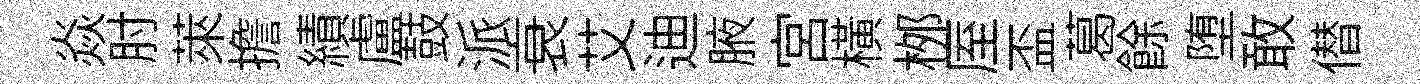
焱肘萊擔績盧鼓派衰艾迪腋宮横桞厔盃葛餘堕敢僣